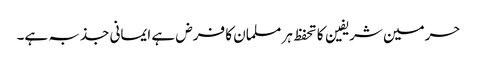
حرمین شریفین کا تحفظ ہر مسلمان کا فرض ہے ایمانی جذبہ ہے۔